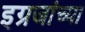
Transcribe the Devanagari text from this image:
इग्रजांच्या